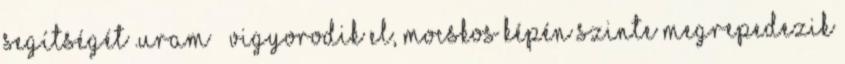
segítségét .uram – vigyorodik el, mocskos képén szinte megrepedezik